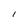
Character: l